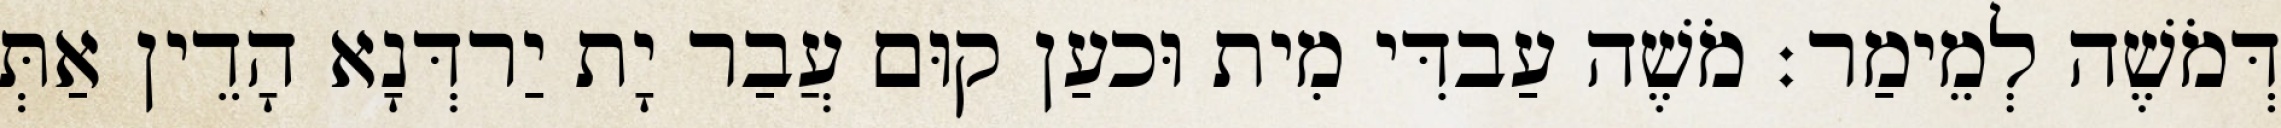
דְּמֹשֶׁה לְמֵימַר׃ מֹשֶׁה עַבדִּי מִית וּכעַן קוּם עֲבַר יָת יַרדְּנָא הָדֵין אַתְּ